Scottish Leaving Certificate Examination, 1957
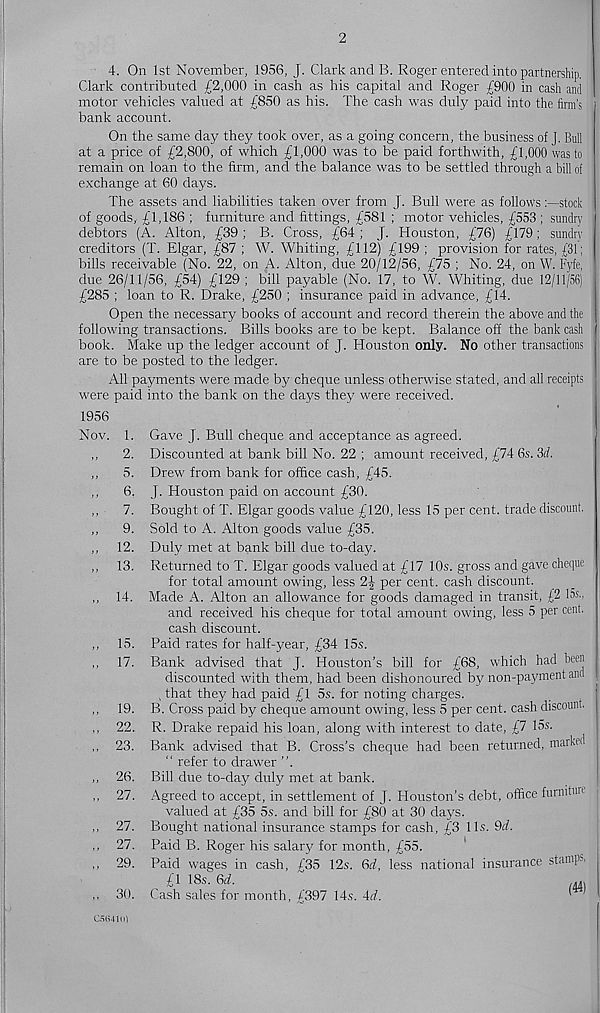
2
4. On 1st November, 1956, J. Clark and B. Roger entered into partnership.
Clark contributed £2,000 in cash as his capital and Roger £900 in cash and
motor vehicles valued at £850 as his. The cash was duly paid into the firm’s
bank account.
On the same day they took over, as a going concern, the business of J. Bull
at a price of £2,800, of which £1,000 was to be paid forthwith, £1,000 waste
remain on loan to the firm, and the balance was to be settled through a bill of
exchange at 60 days.
The assets and liabilities taken over from J. Bull were as followsstock
of goods, £1,186 ; furniture and fittings, £581 ; motor vehicles, £553 ; sundry
debtors (A. Alton, £39 ; B. Cross, £64 ; J. Houston, £76) £179; sundry
creditors (T. Elgar, £87 ; W. Whiting, £112) £199 ; provision for rates, £31;
bills receivable (No. 22, on A. Alton, due 20/12/56, £75 ; No. 24, on W. Fyfe,
due 26/11/56, £54) £129; bill payable (No. 17, to W. Whiting, due 12/11/56)
£285 ; loan to R. Drake, £250 ; insurance paid in advance, £14.
Open the necessary books of account and record therein the above and the
following transactions. Bills books are to be kept. Balance off the bank cash
book. Make up the ledger account of J. Houston only. No other transactions
are to be posted to the ledger.
All payments were made by cheque unless otherwise stated, and all receipts
were paid into the bank on the days they were received.
1956
Nov. 1. Gave J. Bull cheque and acceptance as agreed.
,,
2. Discounted at bank bill No. 22 ; amount received, £74 6s. 3d.
,,
5. Drew from bank for office cash, £45.
,,
6. J. Houston paid on account £30.
,,
7. Bought of T. Elgar goods value £120, less 15 per cent, trade discount.
,,
9. Sold to A. Alton goods value £35.
,, 12. Duly met at bank bill due to-day.
,, 13. Returned to T. Elgar goods valued at £17 10s. gross and gave cheque
for total amount owing, less 2^ per cent, cash discount.
,, 14. Made A. Alton an allowance for goods damaged in transit, £2 las.,
and received his cheque for total amount owing, less 5 per cent,
cash discount.
,, 15. Paid rates for half-year, £34 15s.
,, 17. Bank advised that J. Houston’s bill for £68, which had been
discounted with them, had been dishonoured by non-payment and
that they had paid £1 5s. for noting charges.
,, 19. B. Cross paid by cheque amount owing, less 5 per cent, cash discount.
,, 22. R. Drake repaid his loan, along with interest to date, £7 15s.
,, 23. Bank advised that B. Cross’s cheque had been returned, marked
" refer to drawer ”.
,, 26. Bill due to-day duly met at bank.
,, 27. Agreed to accept, in settlement of J. Houston’s debt, office furnituu
valued at £35 5s. and bill for £80 at 30 days.
,, 27. Bought national insurance stamps for cash, £3 11s. dd.
,, 27. Paid B. Roger his salary for month, £55.
,, 29. Paid wages in cash, /35 12s. Qd, less national insurance stamp >
£1 18s. Qd.
~
m
,, 30. Cash sales for month, £397 14s. id.
'
05(141(1)